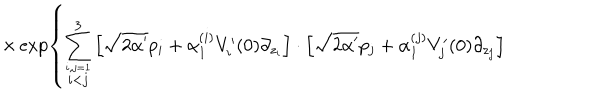
\times \exp \left\{ \sum _ { \stackrel { i , j = 1 } { i < j } } ^ { 3 } \left[ \sqrt { 2 \alpha ^ { \prime } } p _ { i } + \alpha _ { 1 } ^ { ( i ) } V _ { i } ^ { \prime } ( 0 ) \partial _ { z _ { i } } \right] \cdot \left[ \sqrt { 2 \alpha ^ { \prime } } p _ { j } + \alpha _ { 1 } ^ { ( j ) } V _ { j } ^ { \prime } ( 0 ) \partial _ { z _ { j } } \right] \right.